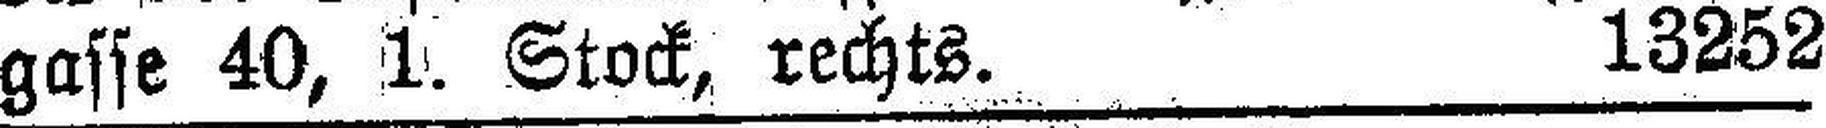
gasse 40, 1. Stock, rechts. 13252